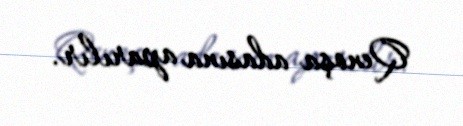
Qenoşa adasına aparılır.